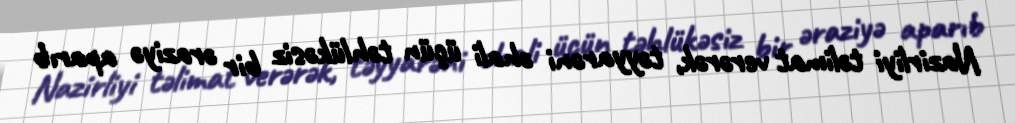
Nazirliyi təlimat verərək, təyyarəni əhali üçün təhlükəsiz bir əraziyə aparıb